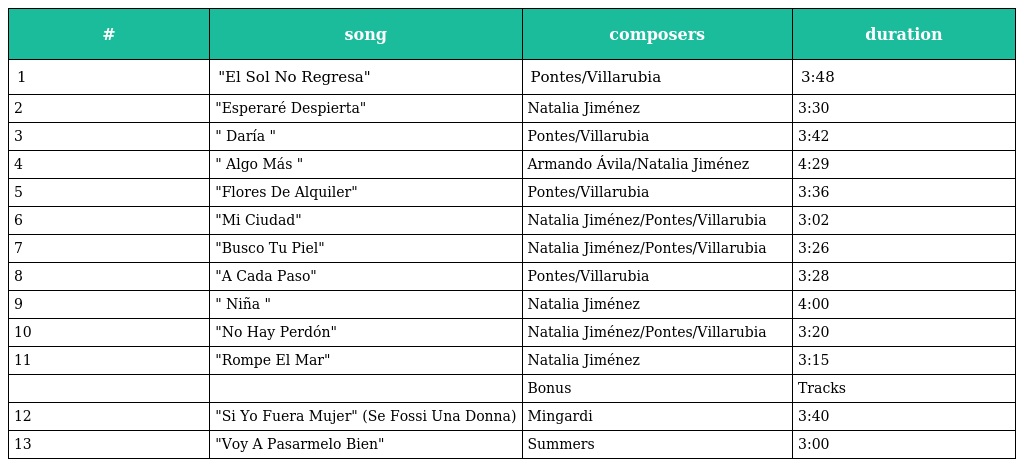
| # | song | composers | duration |
 | --- | --- | --- | --- |
 | 1 | "El Sol No Regresa" | Pontes/Villarubia | 3:48 |
 | 2 | "Esperaré Despierta" | Natalia Jiménez | 3:30 |
 | 3 | " Daría " | Pontes/Villarubia | 3:42 |
 | 4 | " Algo Más " | Armando Ávila/Natalia Jiménez | 4:29 |
 | 5 | "Flores De Alquiler" | Pontes/Villarubia | 3:36 |
 | 6 | "Mi Ciudad" | Natalia Jiménez/Pontes/Villarubia | 3:02 |
 | 7 | "Busco Tu Piel" | Natalia Jiménez/Pontes/Villarubia | 3:26 |
 | 8 | "A Cada Paso" | Pontes/Villarubia | 3:28 |
 | 9 | " Niña " | Natalia Jiménez | 4:00 |
 | 10 | "No Hay Perdón" | Natalia Jiménez/Pontes/Villarubia | 3:20 |
 | 11 | "Rompe El Mar" | Natalia Jiménez | 3:15 |
 |  |  | Bonus | Tracks |
 | 12 | "Si Yo Fuera Mujer" (Se Fossi Una Donna) | Mingardi | 3:40 |
 | 13 | "Voy A Pasarmelo Bien" | Summers | 3:00 |